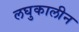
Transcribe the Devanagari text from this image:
लघुकालीन